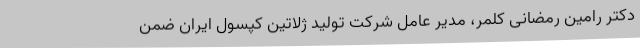
دکتر رامین رمضانی کلمر، مدیر عامل شرکت تولید ژلاتین کپسول ایران ضمن